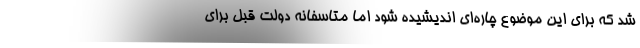
شد که برای این موضوع چاره‌ای اندیشیده شود اما متاسفانه دولت قبل برای